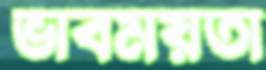
ভাবময়তা